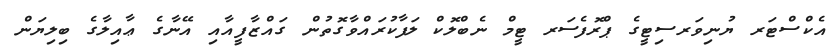
އެކްސްޓަރ ޔުނިވަރސިޓީގެ ޕްރޮފެސަރ ޓީމް ނެބްލޮކް ލަފާކުރައްވާގޮތުން ގައްޒާފީއާއި އޭނާގެ ޢާއިލާގެ ބިލިޔަން